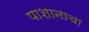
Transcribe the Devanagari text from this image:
पाशानाचा